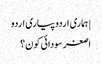
| ہماری اردو پیاری اردو
اصغر سودائی کون؟